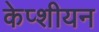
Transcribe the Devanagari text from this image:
केप्शीयन